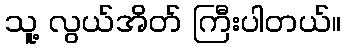
သူ့ လွယ်အိတ် ကြီးပါတယ်။